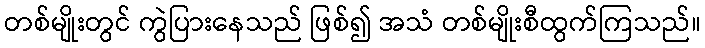
တစ်မျိုးတွင် ကွဲပြားနေသည် ဖြစ်၍ အသံ တစ်မျိုးစီထွက်ကြသည်။